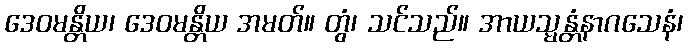
ဒေဝမန္တိယ၊ ဒေဝမန္တိယ အမတ်။ တွံ၊ သင်သည်။ အာယသ္မန္တံနာဂသေနံ၊